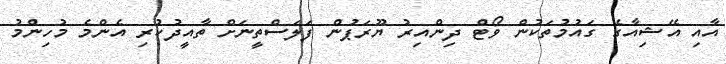
އާއި އޭޝިއާގެ ގައުމުތަކުން ވޯޓް ދިންއިރު ޔޫރަޕުން ފަލަސްތީނަށް ތާއީދުކުރި އެންމެ މުހިންމު